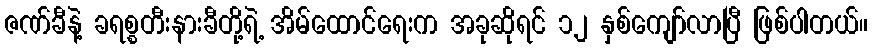
ဇဏ်ခီနဲ့ ခရစ္စတီးနားခီတို့ရဲ့ အိမ်ထောင်ရေးက အခုဆိုရင် ၁၂ နှစ်ကျော်လာပြီ ဖြစ်ပါတယ်။